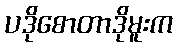
ပဒိုစောတာဒိုမူးက